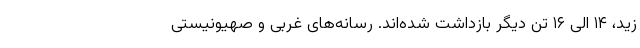
زید، ۱۴ الی ۱۶ تن دیگر بازداشت شده‌‌اند. رسانه‌های غربی و صهیونیستی